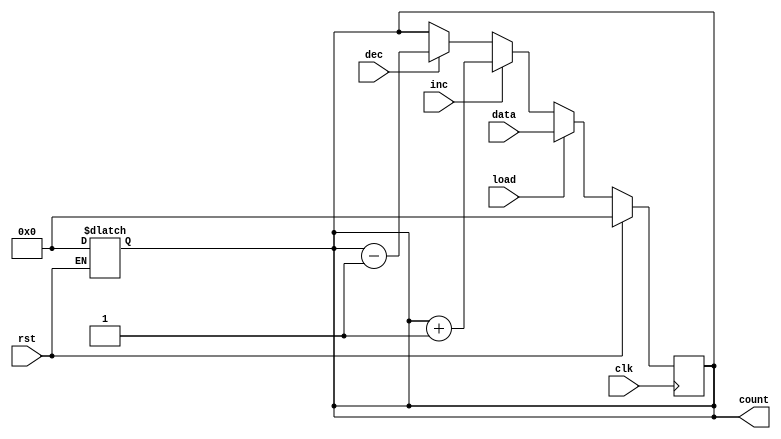
module async_load_counter (
    input wire clk,            // Clock input
    input wire rst,            // Asynchronous reset input
    input wire load,           // Load control signal
    input wire inc,            // Increment control signal
    input wire dec,            // Decrement control signal
    input wire [3:0] data,     // Data input for loading
    output reg [3:0] count     // Count output
);

    // Asynchronous reset
    always @(*) begin
        if (rst) begin
            count = 4'b0000;    // Reset the counter to 0
        end
    end

    // Synchronous logic for loading, incrementing, and decrementing
    always @(posedge clk) begin
        if (rst) begin
            count <= 4'b0000;    // Reset the counter to 0
        end else if (load) begin
            count <= data;       // Load the specified value
        end else if (inc) begin
            count <= count + 1;  // Increment the counter
        end else if (dec) begin
            count <= count - 1;  // Decrement the counter
        end
    end

endmodule